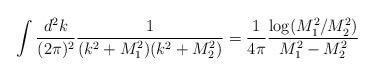
LaTeX: \begin{align*}\int\frac{d^2k}{(2\pi)^2}\frac{1}{(k^2+M_1^2)(k^2+M_2^2)} =\frac{1}{4\pi}\frac{\log(M_1^2/M_2^2)}{M_1^2-M_2^2}\end{align*}